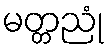
မတ္တညုံ